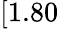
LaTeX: [1.80